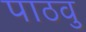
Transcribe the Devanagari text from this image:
पाठवु